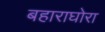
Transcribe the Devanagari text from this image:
बहाराघोरा